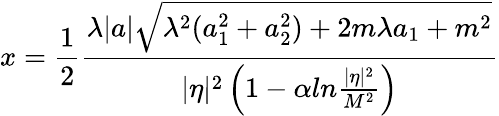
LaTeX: x=\frac{1}{2}\frac{\lambda|a|\sqrt{\lambda^{2}(a_{1}^{2}+a_{2}^{2})+2m{\lambda}a_{1}+m^{2}}}{|\eta|^{2}\left(1-\alpha{ln}\frac{|\eta|^{2}}{M^{2}}\right)}